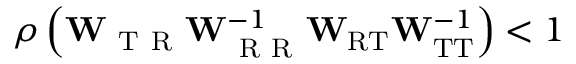
\rho \left( \mathbf { W } _ { \mathrm { ~ T ~ R ~ } } \mathbf { W } _ { \mathrm { ~ R ~ R ~ } } ^ { - 1 } \mathbf { W } _ { \mathrm { R T } } \mathbf { W } _ { \mathrm { T T } } ^ { - 1 } \right) < 1